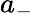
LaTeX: a_{-}